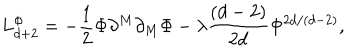
L _ { d + 2 } ^ { \Phi } = - \frac { 1 } { 2 } \Phi \partial ^ { M } \partial _ { M } \Phi - \lambda \frac { \left( d - 2 \right) } { 2 d } \Phi ^ { 2 d / \left( d - 2 \right) } ,